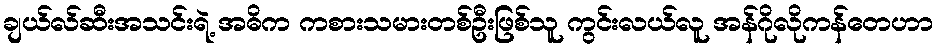
ချယ်လ်ဆီးအသင်းရဲ့ အဓိက ကစားသမားတစ်ဦးဖြစ်သူ ကွင်းလယ်လူ အန်ဂိုလိုကန်တေဟာ